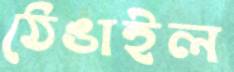
ঠেঙাইল